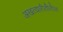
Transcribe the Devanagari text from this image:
अखत्यारीतीतील